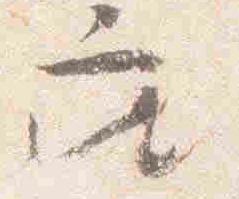
座